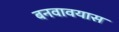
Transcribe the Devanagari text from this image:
बनवावयास